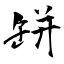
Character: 缾